Vaccine operations Central Provinces 1868-1885 - 1868-1885
Year: 1868
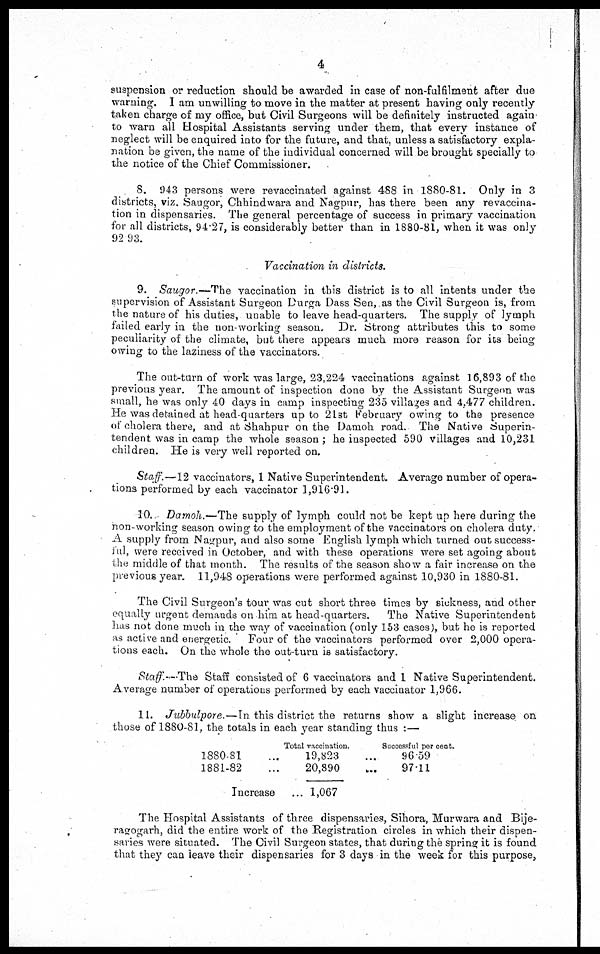
4
suspension or reduction should be awarded in case of non-fulfilment after due
warning. I am unwilling to move in the matter at present having only recently
taken charge of my office, but Civil Surgeons will be definitely instructed again
to warn all Hospital Assistants serving under them, that every instance of
neglect will be enquired into for the future, and that, unless a satisfactory expla-
nation be given, the name of the individual concerned will be brought specially to
the notice of the Chief Commissioner.
8. 943 persons were revaccinated against 488 in 1880-81. Only in 3
districts, viz. Saugor, Chhindwara and Nagpur, has there been any revaccina-
tion in dispensaries. The general percentage of success in primary vaccination
for all districts, 94.27, is considerably better than in 1880-81, when it was only
92.93.
Vaccination in districts.
9. Saugor.—The vaccination in this district is to all intents under the
supervision of Assistant Surgeon Durga Dass Sen, as the Civil Surgeon is, from
the nature of his duties, unable to leave head-quarters. The supply of lymph
failed early in the non-working season. Dr. Strong attributes this to some
peculiarity of the climate, but there appears much more reason for its being
owing to the laziness of the vaccinators.
The out-turn of work was large, 23,224 vaccinations against 16,893 of the
previous year. The amount of inspection done by the Assistant Surgeon was
small, he was only 40 days in camp inspecting 235 villages and 4,477 children.
He was detained at head-quarters up to 21st February owing to the presence
of cholera there, and at Shahpur on the Damoh. road. The Native Superin-
tendent was in camp the whole season ; he inspected 590 villages and 10,231
children.He is very well reported on.
Staff.—12 vaccinators, 1 Native Superintendent. Average number of opera-
tions performed by each vaccinator 1,916.91.
10. Damoh.—The supply of lymph could not be kept up here during the
non-working season owing to the employment of the vaccinators on cholera duty.
A supply from Nagpur, and also some English lymph which turned out success¬
ful, were received in October, and with these operations were set agoing about
the middle of that month. The results of the season show a fair increase on the
previous year.11,948 operations were performed against 10,930 in 1880-81.
The Civil Surgeon's tour was cut short three times by sickness, and other
equally urgent demands on him at head-quarters. The Native Superintendent
has not done much in the way of vaccination (only 153 cases), but he is reported
as active and energetic. Four of the vaccinators performed over 2,000 opera-
tions each.On the whole the out-turn is satisfactory.
Staff—The Staff consisted of 6 vaccinators and 1 Native Superintendent.
Average number of operations performed by each vaccinator 1,966.
11.Jubbulpore.—In this district the returns show a slight increase on
those of 1880-81, the totals in each year standing thus :—
1880-81...
1881-82...
Increase ...
Total vaccination.
19,823
20,890
1,067
Successful per cent.
96.59
97.11
The Hospital Assistants of three dispensaries, Sihora, Murwara and Bije-
ragogarh, did the entire work of the Registration circles in which their dispen-
saries were situated. The Civil Surgeon states, that during the spring it is found
that they can leave their dispensaries for 3 days in the week for this purpose,